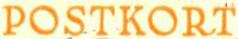
POSTKORT